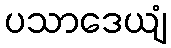
ပသာဒေယျံ